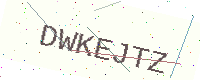
Text: DWKEJTZ